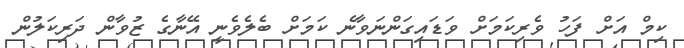
ކިމް އަށް ފަހު ވެރިކަމަށް ވަޑައިގަންނަވާނެ ކަމަށް ބެލެވެނީ އޭނާގެ ޒުވާން ދަރިކަލުން